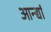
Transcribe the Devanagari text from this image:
आन्द्यां